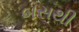
બસથી